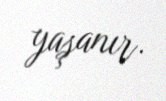
yaşanır.